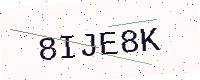
Text: 8IJE8K